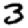
Digit: 3